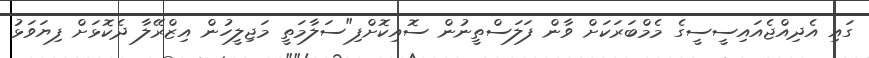
ގައި އެދިއްޖެއައިސީސީގެ މެމްބަރަކަށް ވާން ފަލަސްތީނުން ސޮއިކޮށްފި"ސަލާމަތީ މަޖިލީހުން އިޒްރޭލާ ދެކޮޅަށް ފިޔަވަޅު